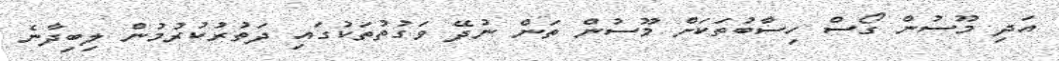
އަދި މޫސުން ގޯސް ހިސާބުތަކަށް މޫސުން ތަން ނުދޭ ވަގުތުތަކުގައި ދަތުރުކުރުމުން ލިބިދާނެ